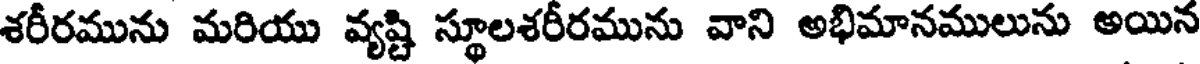
శరీరమును మరియు వ్యష్టి స్థూలశరీరమును వాని అభిమానములును అయిన